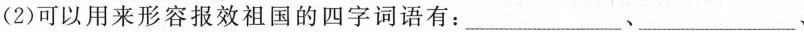
(2)可以用来形容报效祖国的四字词语有：_、_、